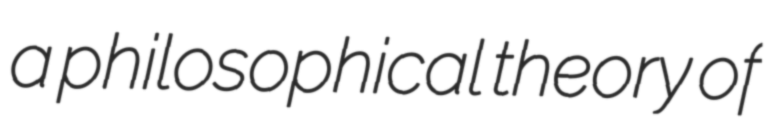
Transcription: a philosophical theory of